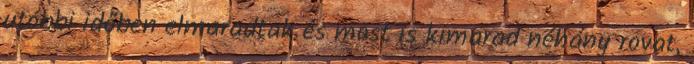
utóbbi időben elmaradtak és most is kimarad néhány rovat,